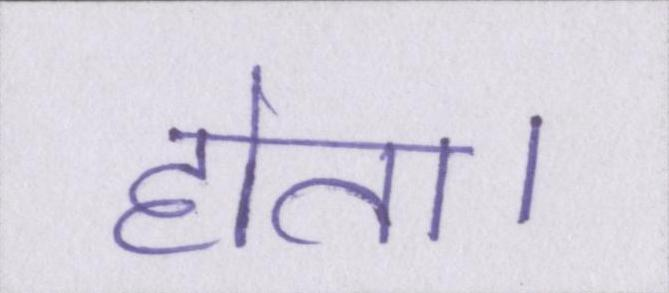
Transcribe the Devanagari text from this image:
होता।